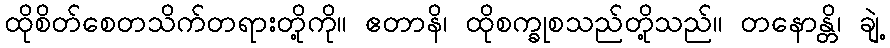
ထိုစိတ်စေတသိက်တရားတို့ကို။ ဧတာနိ၊ ထိုစက္ခုစသည်တို့သည်။ တနောန္တိ၊ ချဲ့